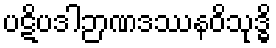
ပဋိပဒါဉာဏဒဿနဝိသုဒ္ဓိ